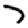
Digit: 7